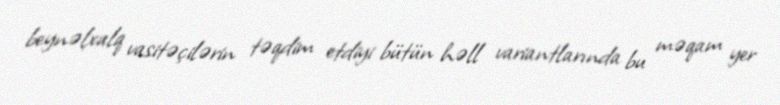
beynəlxalq vasitəçilərin təqdim etdiyi bütün həll variantlarında bu məqam yer